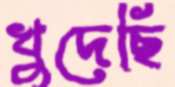
খুদেছি